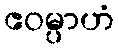
ဧဝမ္ပာဟံ